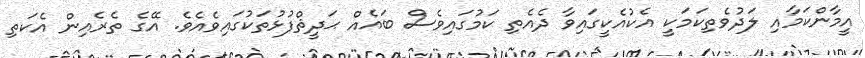
އީމާންކަމާއި ލަދުވެތިކަމަކީ އެކުއެކީގައިވާ ދެއެތި ކަމުގައިވެސް ބައެއް ޙަދީޘްފުޅުތަކުގައިވެއެވެ. އޭގެ ތެރެއިން އެކަތި